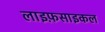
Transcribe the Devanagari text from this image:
लाइफ़साइकल